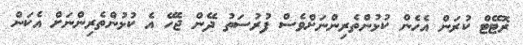
ރޮޓޭޓް ކުރަން އެހެން ކުޅުންތެރިންނަށްވެސް ފުރުސަތު ދޭން ޖެހޭ އެ ކުޅުންތެރިންނަށް އެކަން